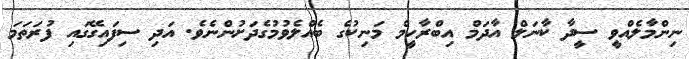
ނިންމާލެއްވީ ސީދާ ކާނަލް އާދަމް އިބްރާހީމް މަނިކުގެ ބެއްލެވުމުގެދަށުންނެވެ. އަދި ސިފައިގޭގައި ފުރަތަމަ